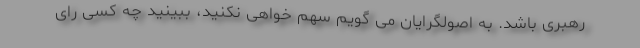
رهبری باشد. به اصولگرایان می گویم سهم خواهی نکنید، ببینید چه کسی رای